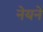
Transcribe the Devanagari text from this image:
नेयने